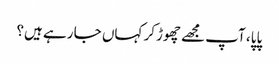
پاپا، آپ مجھے چھوڑکر کہاں جا رہے ہیں؟